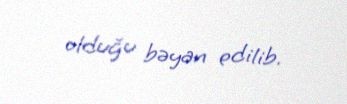
olduğu bəyan edilib.